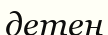
детен